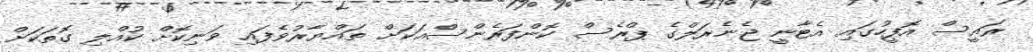
ރައީސް އޮފީހުގައި އެޓާނީ ޖެނެރަލްގެ ޕްރެސް ކޮންފަރެންސްއަކަށް ތައްޔާރުވެފައި ވަނިކޮށް ކުއްލި ގޮތަކަށް